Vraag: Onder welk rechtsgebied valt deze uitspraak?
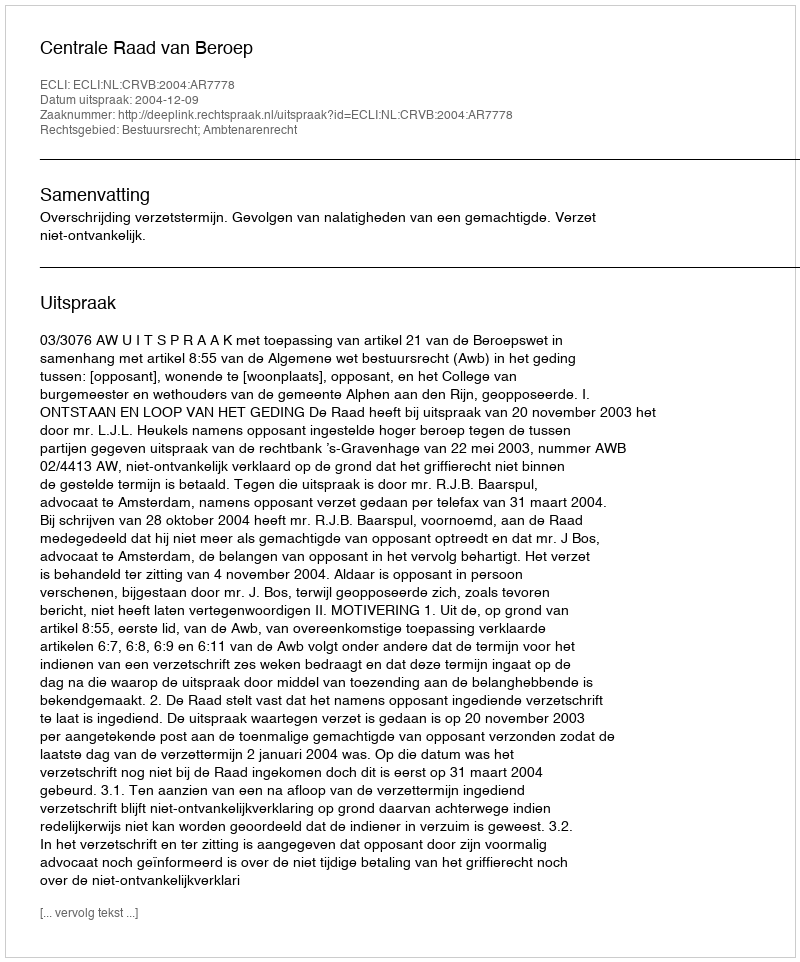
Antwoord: Bestuursrecht; Ambtenarenrecht